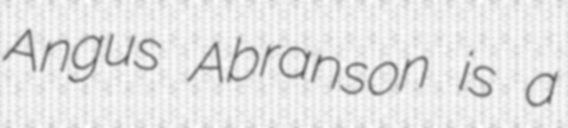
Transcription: Angus Abranson is a